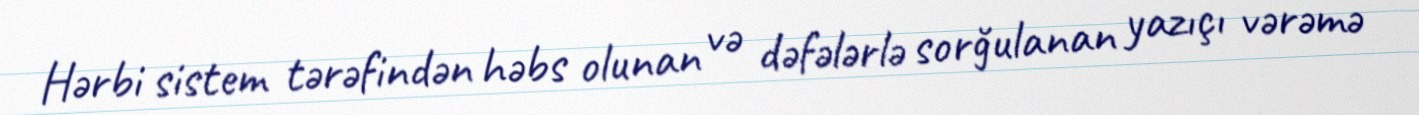
Hərbi sistem tərəfindən həbs olunan və dəfələrlə sorğulanan yazıçı vərəmə